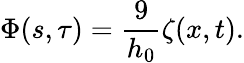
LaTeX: \Phi(s,\tau)=\frac{9}{h_{0}}\zeta(x,t).